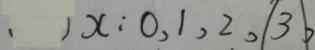
( ) x : 0 , 1 , 2 , ( 3 ) ,